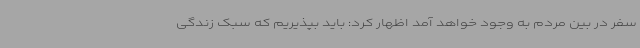
سفر در بین مردم به وجود خواهد آمد اظهار کرد: باید بپذیریم که سبک زندگی